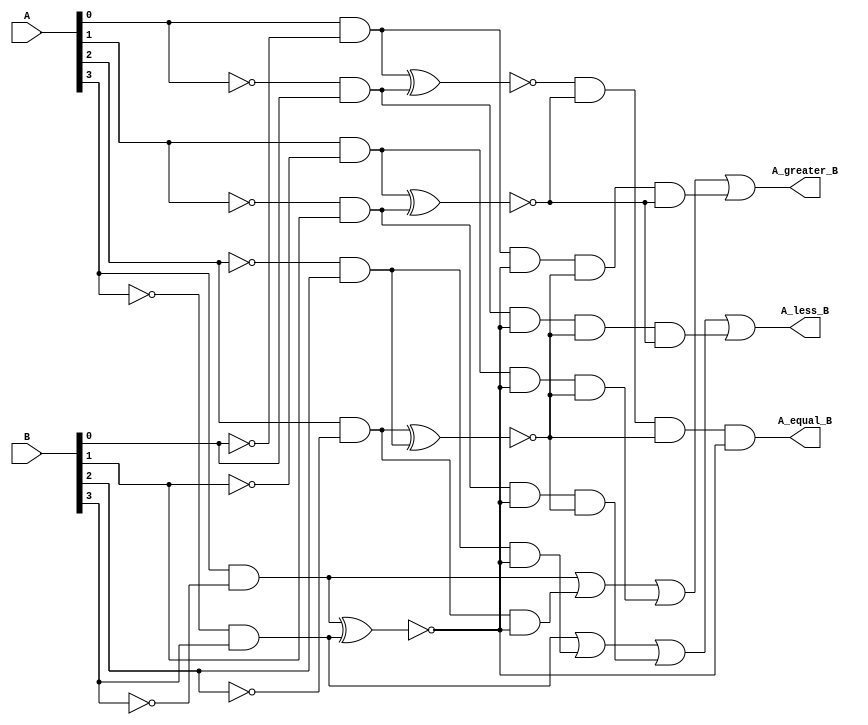
module four_bit_comparator
(
	A,
	B,
	A_less_B,
	A_greater_B,
	A_equal_B
);

	input [3:0] A;
	input [3:0] B;
	output A_less_B;
	output A_greater_B;
	output A_equal_B;

	wire tmp0, tmp1, tmp2, tmp3, tmp4, tmp5, tmp6, tmp7;
	wire x0, x1, x2, x3;

	assign tmp0 = A[0] & ~B[0];
	assign tmp1 = ~A[0] & B[0];
	assign tmp2 = A[1] & ~B[1];
	assign tmp3 = ~A[1] & B[1];
	assign tmp4 = A[2] & ~B[2];
	assign tmp5 = ~A[2] & B[2];
	assign tmp6 = A[3] & ~B[3];
	assign tmp7 = ~A[3] & B[3];

	xnor xnor_0(x0, tmp0, tmp1);
	xnor xnor_1(x1, tmp2, tmp3);
	xnor xnor_2(x2, tmp4, tmp5);
	xnor xnor_3(x3, tmp6, tmp7);


	assign A_less_B = tmp7 | (tmp5 & x3) | (tmp3 & x3 & x2) | (tmp1 & x3 & x2 & x1);
	assign A_greater_B = tmp6 | (tmp4 & x3) | (tmp2 & x3 & x2) | (tmp0 & x3 & x2 & x1);
	assign A_equal_B = x0 & x1 & x2 & x3;

endmodule